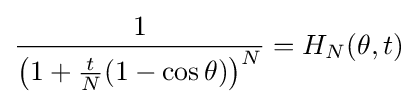
{\frac {1}{\left(1+{\frac {t}{N}}(1-\cos \theta )\right)^{N}}}=H_{N}(\theta ,t)